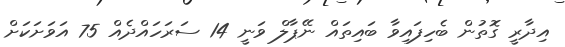
އިދާރީ ގޮތުން ބެހިފައިވާ ބައިތައް ނޭޕާލް ވަނީ 14 ސަރަހައްދެއް 75 އަވަށަކަށް